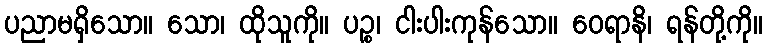
ပညာမရှိသော။ သော၊ ထိုသူကို။ ပဉ္စ၊ ငါးပါးကုန်သော။ ဝေရာနိ၊ ရန်တို့ကို။